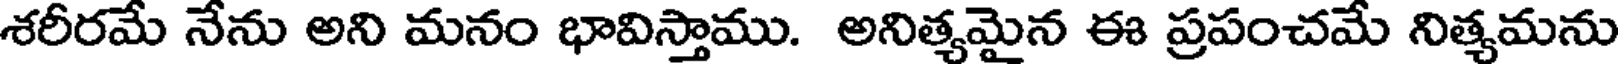
శరీరమే నేను అని మనం భావిస్తాము. అనిత్యమైన ఈ ప్రపంచమే నిత్యమను